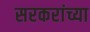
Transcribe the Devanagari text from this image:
सरकरांच्या